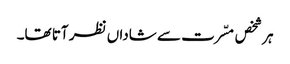
ہر شخص مسّرت سے شاداں نظر آتا تھا۔